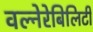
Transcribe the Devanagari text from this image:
वल्नेरेबिलिटी